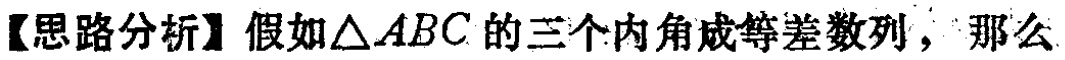
【思路分析】假如\(\triangle ABC\)的三个内角成等差数列，那么